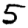
Digit: 5